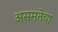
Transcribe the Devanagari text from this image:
असमतेचा